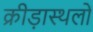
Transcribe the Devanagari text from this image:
क्रीड़ास्थलों